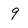
Character: 9